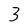
Character: 3